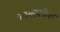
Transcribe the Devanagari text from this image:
भालप्रदेश